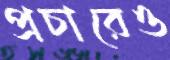
প্রচারেও